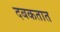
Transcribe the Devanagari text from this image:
दबकतात